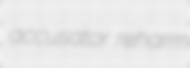
accusator reharm